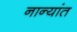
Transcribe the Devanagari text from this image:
नान्यांत